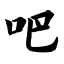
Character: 吧